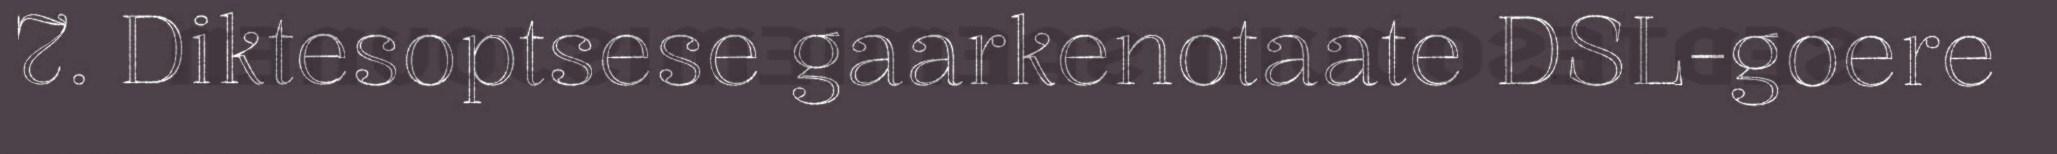
7. Diktesoptsese gaarkenotaate DSL-goere